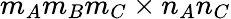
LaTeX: m_{A}m_{B}m_{C}\times n_{A}n_{C}